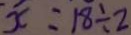
x = 1 8 \div 2